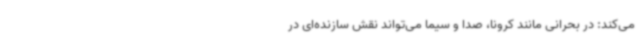
می‌کند: در بحرانی مانند کرونا، صدا و سیما می‌تواند نقش سازنده‌ای در